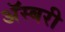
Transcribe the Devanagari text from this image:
अॅस्बरी